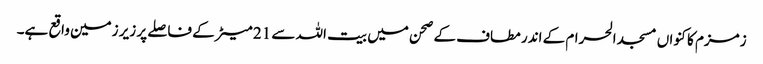
زمزم کا کنواں مسجد الحرام کے اندر مطاف کے صحن میں بیت اللہ سے 21 میٹر کے فاصلے پر زیر زمین واقع ہے۔